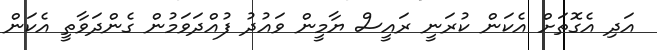
އަދި އެގޮތަށް އެކަން ކުރަނީ ރައީސް ޔާމީން ވައުދު ފުއްދަވަމުން ގެންދަވާތީ އެކަން